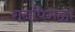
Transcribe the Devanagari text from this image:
रानपिगळा